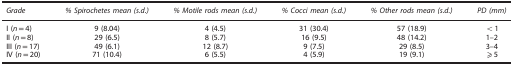
<table><thead><tr><td><b><i>Grade</i></b></td><td><b><i>% Spirochetes mean (s.d.)</i></b></td><td><b><i>% Motile rods mean (s.d.)</i></b></td><td><b><i>% Cocci mean (s.d.)</i></b></td><td><b><i>% Other rods mean (s.d.)</i></b></td><td><b><i>PD (mm)</i></b></td></tr></thead><tbody><tr><td>I (<i>n</i>=4)</td><td>9 (8.04)</td><td>4 (4.5)</td><td>31 (30.4)</td><td>57 (18.9)</td><td>&lt;1</td></tr><tr><td>II (<i>n</i>=8)</td><td>29 (6.5)</td><td>8 (5.7)</td><td>16 (9.5)</td><td>48 (14.2)</td><td>1–2</td></tr><tr><td>III (<i>n</i>=17)</td><td>49 (6.1)</td><td>12 (8.7)</td><td>9 (7.5)</td><td>29 (8.5)</td><td>3–4</td></tr><tr><td>IV (<i>n</i>=20)</td><td>71 (10.4)</td><td>6 (5.5)</td><td>4 (5.9)</td><td>19 (9.1)</td><td>⩾5</td></tr></tbody></table>